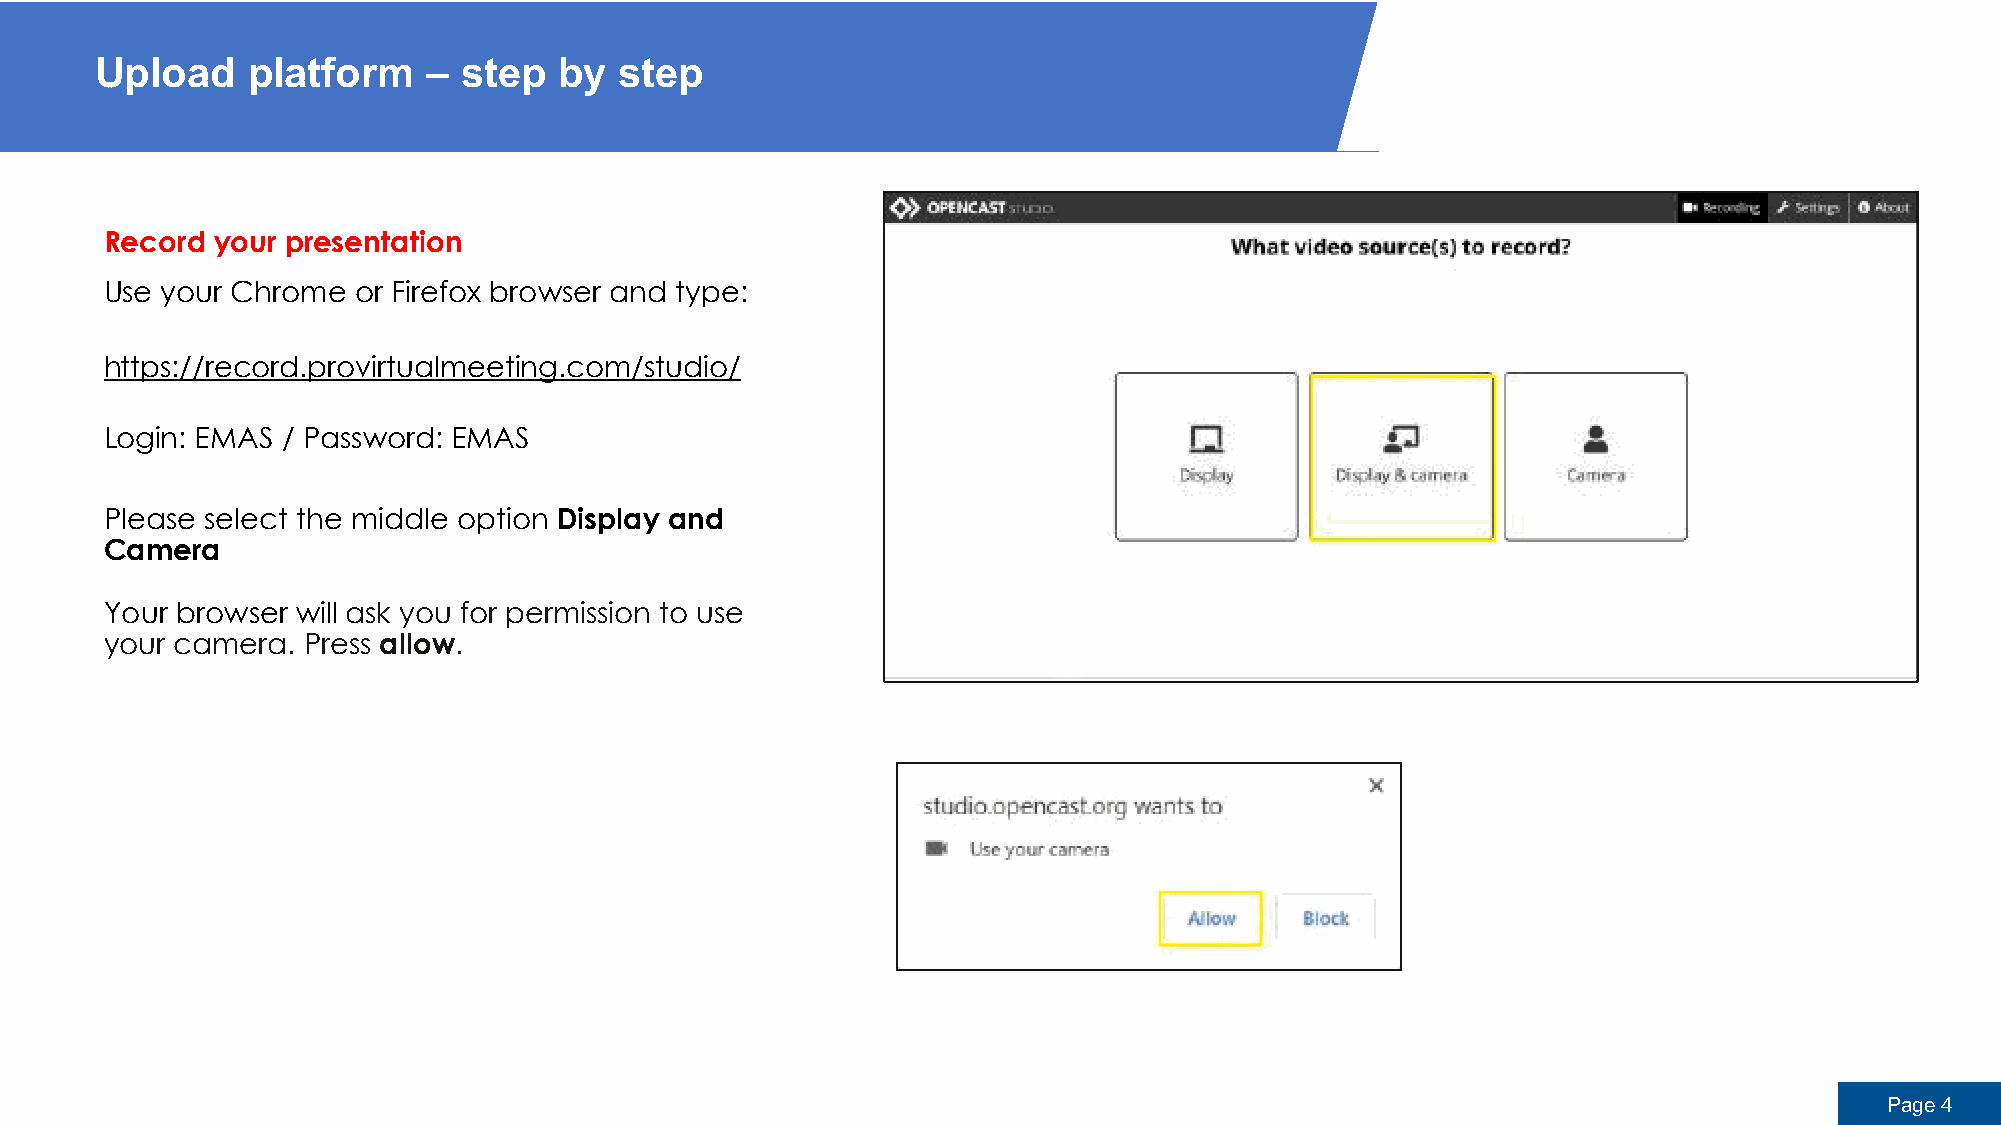
Upload    platform    – step   by  step
 Record your presentation
 Use your Chrome or Firefox browser and type:
 https://record.provirtualmeeting.com/studio/
 Login: EMAS / Password: EMAS
 Please select the middle option Display and
 Camera
 Your browser will ask you for permission to use
 your camera. Press allow.
 Page 4